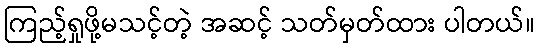
ကြည့်ရှုဖို့မသင့်တဲ့ အဆင့် သတ်မှတ်ထား ပါတယ်။